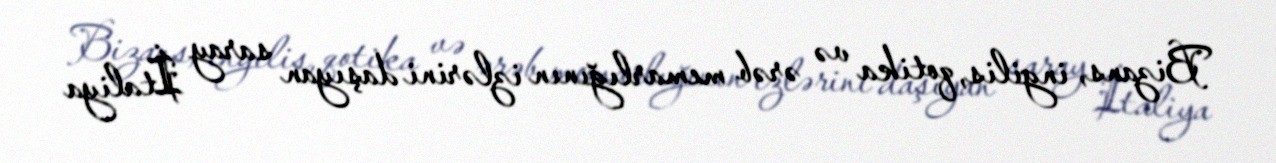
Bizans, ingilis, qotika və ərəb memarlığının izlərini daşıyan saray İtaliya